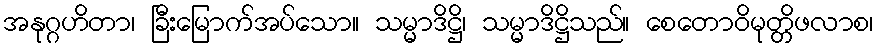
အနုဂ္ဂဟိတာ၊ ခြီးမြောက်အပ်သော။ သမ္မာဒိဋ္ဌိ၊ သမ္မာဒိဋ္ဌိသည်။ စေတောဝိမုတ္တိဖလာစ၊